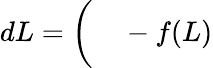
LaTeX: \begin{array}{rl}{dL=\bigg(}&{{}-f(L)}\end{array}